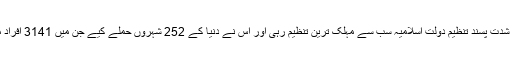
2015 میں شدت پسند تنظیم دولتِ اسلامیہ سب سے مہلک ترین تنظیم رہی اور اس نے دنیا کے 252 شہروں حملے کیے جن میں 3141 افراد مارے گئے۔